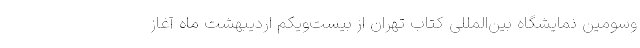
‌وسومین نمایشگاه بین‌المللی کتاب تهران از بیست‌ویکم اردیبهشت ماه آغاز